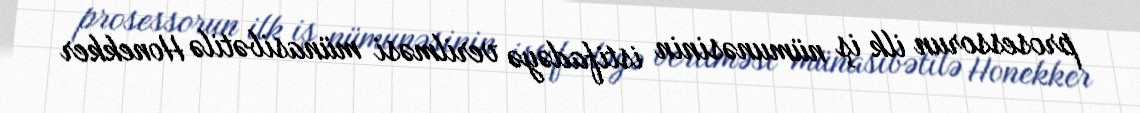
prosessorun ilk iş nümunəsinin istifadəyə verilməsi münasibətilə Honekker